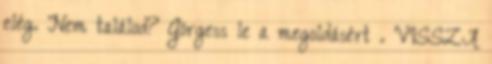
elég. Nem találod? Görgess le a megoldásért . VISSZA